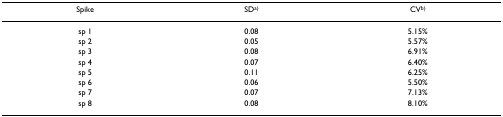
<table><thead><tr><td><b>Spike</b></td><td><b>SD<sup>a)</sup></b></td><td><b>CV<sup>b)</sup></b></td></tr></thead><tbody><tr><td>sp 1</td><td>0.08</td><td>5.15%</td></tr><tr><td>sp 2</td><td>0.05</td><td>5.57%</td></tr><tr><td>sp 3</td><td>0.08</td><td>6.91%</td></tr><tr><td>sp 4</td><td>0.07</td><td>6.40%</td></tr><tr><td>sp 5</td><td>0.11</td><td>6.25%</td></tr><tr><td>sp 6</td><td>0.06</td><td>5.50%</td></tr><tr><td>sp 7</td><td>0.07</td><td>7.13%</td></tr><tr><td>sp 8</td><td>0.08</td><td>8.10%</td></tr></tbody></table>